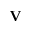
{ \mathbf V }